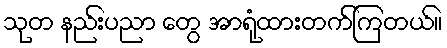
သုတ နည်းပညာ တွေ အာရုံထားတက်ကြတယ်။